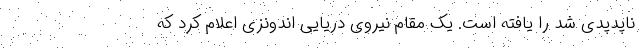
ناپدپدی شد را یافته است. یک مقام نیروی دریایی اندونزی اعلام کرد که